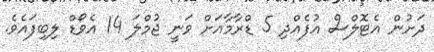
ދަށުން އެޓޮލްސް އުފެއްދި 5 ޑްރާމާއަށް ވަނީ ޖުމްލަ 14 އެވޯޑް ލިބިފައެވެ.